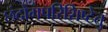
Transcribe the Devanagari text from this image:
छंदोगपरिशिष्टेतु